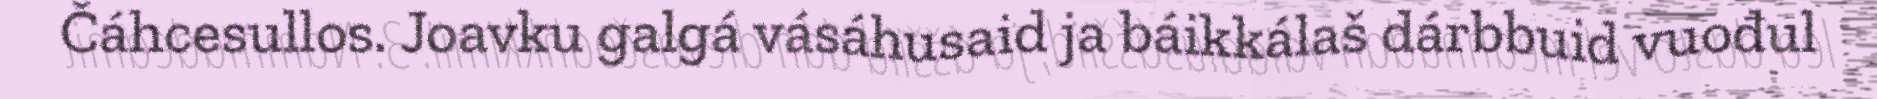
Čáhcesullos. Joavku galgá vásáhusaid ja báikkálaš dárbbuid vuođul